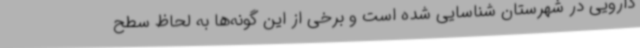
دارویی در شهرستان شناسایی شده‌ است و برخی از این گونه‌ها به لحاظ سطح